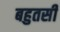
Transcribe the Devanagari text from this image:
बहुतसी